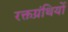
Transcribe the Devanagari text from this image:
रक्तग्रंथियों